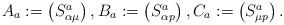
LaTeX: \begin{align*}A_a:=\begin{pmatrix}S^a_{\alpha\mu}\end{pmatrix},B_a:=\begin{pmatrix}S^a_{\alpha p}\end{pmatrix},C_a:=\begin{pmatrix}S^a_{\mu p}\end{pmatrix}.\end{align*}